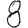
Digit: 8